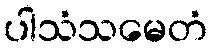
ပါသံသမေတံ